Civil Veterinary Dept. North-West Frontier Province 1901-22 - 1901-1922
Year: 1901
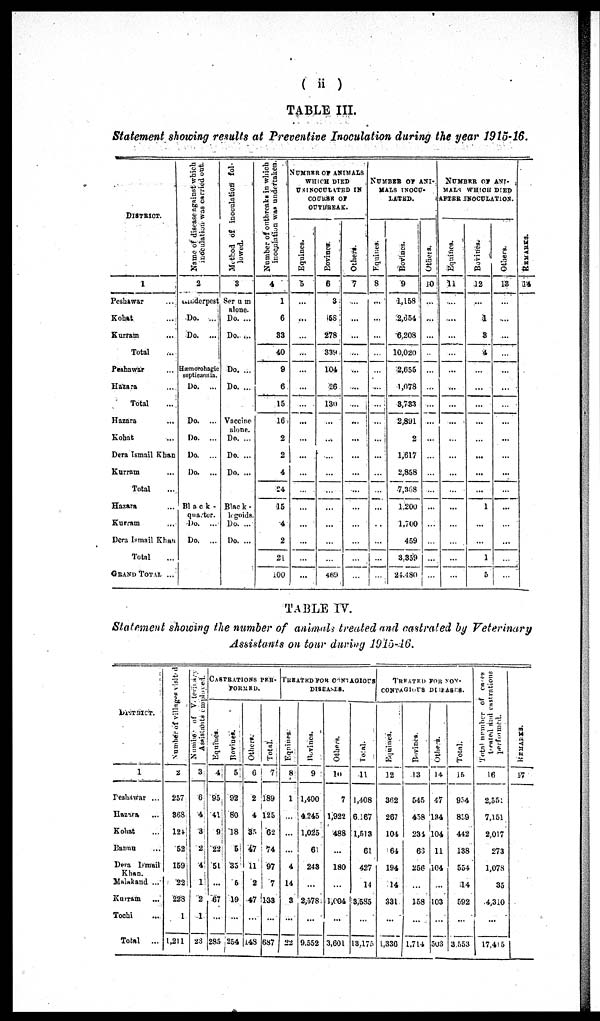
(ii)
TABLE III.
Statement showing results at Preventive Inoculation during the year 1915-16.
DISTRICT.
1
Peshawar ...
Kohat …
Kurram ...
Total …
Peshawar …
Hazara ...
Total …
Hazara …
Kohat …
Dera Ismail Khan
Kurram ...
Total …
Hazara …
Kurram ...
Dera Ismail Khan
Total …
GRAND TOTAL ...
Name of disease against which
inoculation was carried out.
2
Rinderpest
Do. ...
Do. ...
Hæmorohagic
septicæmia.
Do. ...
Do. ...
Do. ...
Do. ...
Do. ...
Black-
quarter.
Do. ...
Do. ...
Method of inoculation fol-
lowed.
3
Serum
alone.
Do. ...
Do. ...
Do. ...
Do. ...
Vaccine
alone.
Do. ...
Do. ...
Do. ...
Black-
legoids.
Do. ...
Do. ...
Number
of outbreaks in which
inoculation was undertaken.
4
1
6
83
40
9
6
15
16
2
2
4
24
15
4
2
21
100
NUMBER OF ANIMALS
WHICH DIED
UNINOCULATED IN
COURSE OF
OUTBREAK.
Equines.
5
…
...
...
...
…
...
...
...
...
...
...
...
…
...
...
...
...
Bovines
6
3
58
278
339
104
26
130
...
...
…
...
…
…
...
…
…
469
Others.
7
…
...
...
...
…
...
...
...
...
...
...
...
...
…
...
…
…
NUMBER OF ANI-
MALS INOCU-
LATED.
Equines.
3
…
...
…
…
…
...
…
…
…
...
…
…
…
..
…
…
…
Bovines.
9
1,158
2,654
6,208
10,020
2,655
1,078
3,733
2,891
2
1,617
2,858
7,368
1.200
1,700
459
3.359
24,480
Others.
10
...
…
…
…
…
…
…
...
...
...
...
...
...
…
…
...
…
NUMBER OF ANI-
MALS WHICH DIED
AFTER INOCULATION.
Equines.
11
…
...
...
…
…
...
…
...
...
…
...
…
...
…
…
…
...
Bovines.
12
...
1
3
4
…
...
...
...
...
...
...
...
1
...
...
1
5
Others.
13
...
...
...
…
…
...
…
...
...
...
...
...
...
...
...
…
…
REMARKS.
14
TABLE IV.
Statement showing the number of animals treated and castrated by Veterinary
Assistants on tour during 1915-16.
DISTRICT.
1
Peshawar ...
Hazara ...
Kohat ...
Bannu ...
Dera Ismail
Khan.
Malakand ...
Kurram ...
Tochi ...
Total ...
Number of villages visited
2
257
368
124
52
159
22
228
1
l,211
Number
of Veterina
Assistants employed.
3
6
4
3
2
4
1
2
1
23
CASTRATIONS PER-
FORMED.
Equines.
4
95
41
9
22
51
...
67
...
285
Bovines.
5
92
80
18
5
35
6
19
...
254
Others.
6
2
4
33
47
11
2
47
...
148
Total.
7
189
125
62
74
97
7
133
...
687
TREATED FOR CONTAGIOUS
DISEASES.
Equines
8
1
…
…
...
4
14
3
...
22
Bovines.
9
1,400
4,245
1,025
6
243
...
2,578
...
9.552
Others.
10
7
1,922
488
…
180
…
1,004
...
3,601
Total.
11
1,408
6.167
1,513
61
427
14
3,585
...
13,175
TREATED FOR NON-
CONTAGIOUS DISEASES.
Equities.
12
362
267
104
64
194
14
331
...
1,336
Bovines.
13
545
458
234
63
256
...
158
...
1,714
Others.
14
47
134
104
11
104
...
103
...
503
Total.
15
954
859
442
138
554
14
592
...
3,553
Total number
of cases
treated
and castratious
16
2,551
7,151
2,017
273
1,078
35
4,310
...
17,415
REMARKS.
17